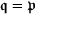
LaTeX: { \mathfrak { q } } = { \mathfrak { p } }